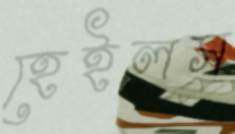
হেইলস